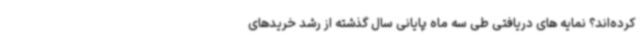
کرده‌اند؟ نمایه های دریافتی طی سه ماه پایانی سال گذشته از رشد خریدهای